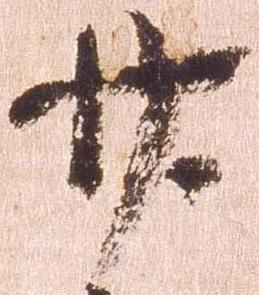
廿